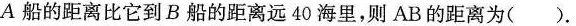
A船的距离比它到B船的距离远40海里，则AB的距离为()。